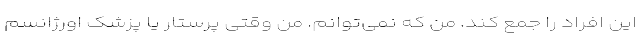
این افراد را جمع کند. من که نمی‌توانم. من وقتی پرستار یا پزشک اورژانسم